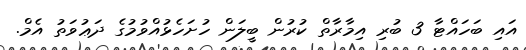
އައި ބަހައްޓާ 3 ބުރި އިމާރާތް ކުރުން ބީލަން ހުށަހެޅުއްވުމުގެ ދަޢުވަތު އެމް.